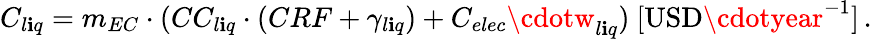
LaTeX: C_{l\mathbf{i}q}=m_{EC}\cdot(CC_{l\mathbf{i}q}\cdot(CRF+\gamma_{l\mathbf{i}q})+C_{elec}\cdotw_{l\mathbf{i}q})\ [\mathrm{{USD}}\cdotyear^{-1}]\, .